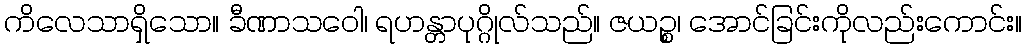
ကိလေသာရှိသော။ ခီဏာသဝေါ၊ ရဟန္တာပုဂ္ဂိုလ်သည်။ ဇယဉ္စ၊ အောင်ခြင်းကိုလည်းကောင်း။